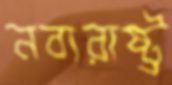
নব্যরাষ্ট্র